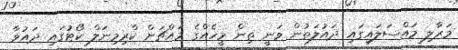
މަރާލި މައްސަލައިގައި ދައުލަތުން ވަނީ ތިން މީހެއްގެ މައްޗަށް ކްރިމިނަލް ކޯޓުގައި ދައުވާ